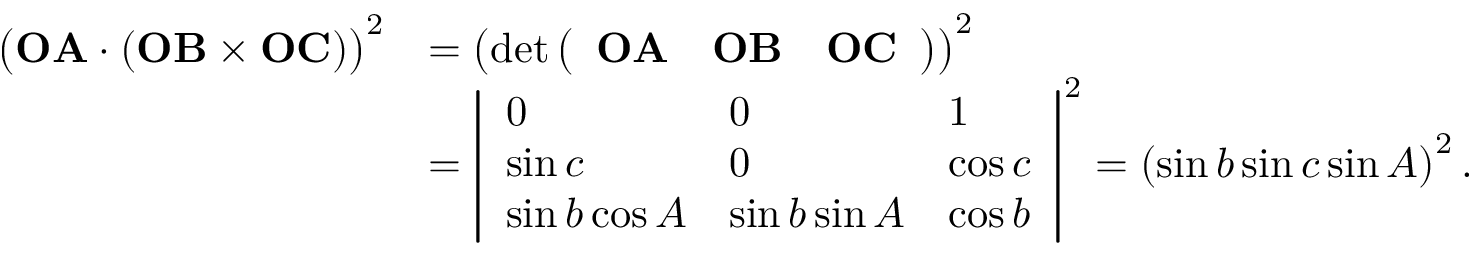
{ \begin{array} { r l } { { \bigl ( } \mathbf { O A } \cdot ( \mathbf { O B } \times \mathbf { O C } ) { \bigr ) } ^ { 2 } } & { = \left( \operatorname* { d e t } { \left( \begin{array} { l l l } { \mathbf { O A } } & { \mathbf { O B } } & { \mathbf { O C } } \end{array} \right) } \right) ^ { 2 } } \\ & { = { \left| \begin{array} { l l l } { 0 } & { 0 } & { 1 } \\ { \sin c } & { 0 } & { \cos c } \\ { \sin b \cos A } & { \sin b \sin A } & { \cos b } \end{array} \right| } ^ { 2 } = \left( \sin b \sin c \sin A \right) ^ { 2 } . } \end{array} }